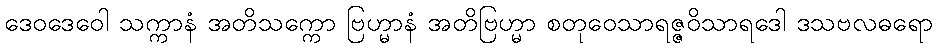
ဒေဝဒေဝေါ သက္ကာနံ အတိသက္ကော ဗြဟ္မာနံ အတိဗြဟ္မာ စတုဝေသာရဇ္ဇဝိသာရဒေါ ဒသဗလဓရော